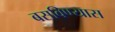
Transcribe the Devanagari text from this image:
बसविण्यास